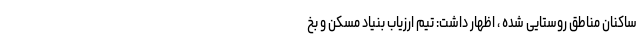
ساکنان مناطق روستایی شده ، اظهار داشت: تیم ارزیاب بنیاد مسکن و بخ